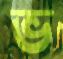
ভ